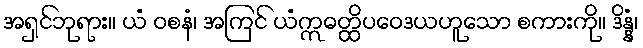
အရှင်ဘုရား။ ယံ ဝစနံ၊ အကြင် ယံဣဓတ္ထိပဝေဒယဟူသော စကားကို။ ဒိန္နံ၊